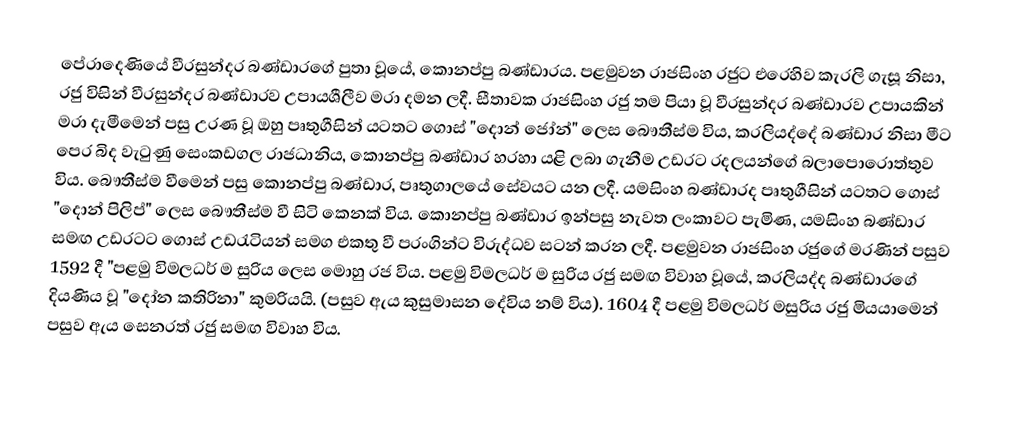
පේරාදෙණියේ වීරසුන්දර බණ්ඩාරගේ පුතා වූයේ, කොනප්පු බණ්ඩාරය. පළමුවන රාජසිංහ රජුට එරෙහිව කැරලි ගැසූ නිසා, රජු විසින් වීරසුන්දර බණ්ඩාරව උපායශීලීව මරා දමන ලදී. සීතාවක රාජසිංහ රජු තම පියා වූ වීරසුන්දර බණ්ඩාරව උපායකින් මරා දැමීමෙන් පසු උරණ වූ ඔහු පෘතුගීසින් යටතට ගොස් "දොන් ජෝන්" ලෙස බෞතීස්ම විය, කරලියද්දේ බණ්ඩාර නිසා මීට පෙර බිද වැටුණු සෙංකඩගල  රාජධානිය, කොනප්පු බණ්ඩාර හරහා යළි ලබා ගැනීම උඩරට රදලයන්ගේ බලාපොරොත්තුව විය. බෞතීස්ම වීමෙන් පසු කොනප්පු බණ්ඩාර, පෘතුගාලයේ සේවයට යන ලදී. යමසිංහ බණ්ඩාරද පෘතුගීසින් යටතට ගොස් "දොන් පිලිප්" ලෙස බෞතීස්ම වී සිටි කෙනක් විය. කොනප්පු බණ්ඩාර ඉන්පසු නැවත ලංකාවට පැමිණ, යමසිංහ බණ්ඩාර සමඟ උඩරටට ගොස්  උඩරැටියන් සමග එකතු වී පරංගින්ට විරුද්ධව සටන් කරන ලදී.  පළමුවන රාජසිංහ රජුගේ මරණින් පසුව 1592 දී "පළමු විමලධර් ම  සුරිය ලෙස මොහු රජ විය. පළමු විමලධර් ම සුරිය රජු සමඟ විවාහ වූයේ, කරලියද්ද බණ්ඩාරගේ දියණිය වූ "දෝන කතිරිනා" කුමරියයි. (පසුව ඇය කුසුමාසන දේවිය නම් විය). 1604 දී පළමු විමලධර් මසුරිය රජු මියයාමෙන් පසුව ඇය සෙනරත් රජු සමඟ විවාහ විය.